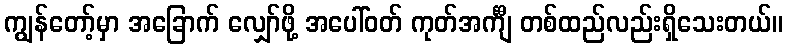
ကျွန်တော့်မှာ အခြောက် လျှော်ဖို့ အပေါ်ဝတ် ကုတ်အင်္ကျီ တစ်ထည်လည်းရှိသေးတယ်။